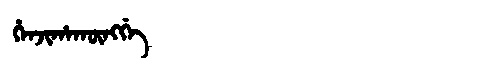
Manchu: ᡥᡝᠨᠵᡳᡥᠠᡴᡡᠩᡤᡝ
Romanization: HENJIHAKŪNGGE